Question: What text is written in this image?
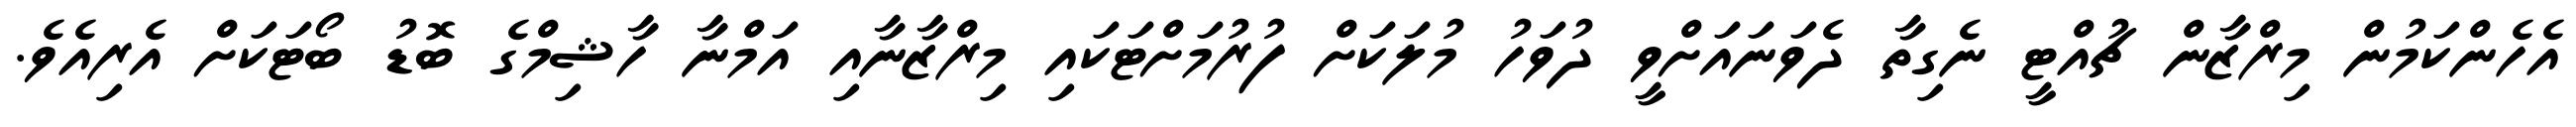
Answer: އެހެންކަމުން މިރްޒާން ޗުއްޓީ ނެގިތާ ދެވަނައަށްވީ ދުވަހު މުލަކަށް ފުރުމަށްޓަކައި މިރްޒާނާއި އަމްނާ ހާޝިމްގެ ބޮޑު ބޯޓަކަށް އެރިއެވެ.